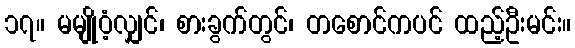
၁၇။ မမျိုဝံ့လျှင်၊ စားခွက်တွင်၊ တစောင်ကပင် ထည့်ဦးမင်း။